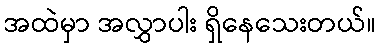
အထဲမှာ အလွှာပါး ရှိနေသေးတယ်။